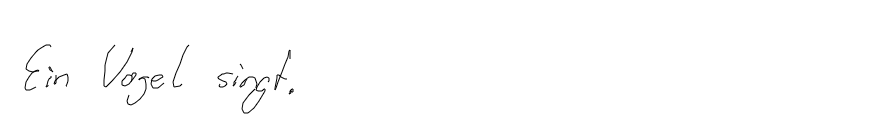
Ein Vogel singt.